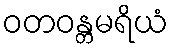
ဝတဝန္တမရိယံ